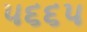
૫૬૬૫